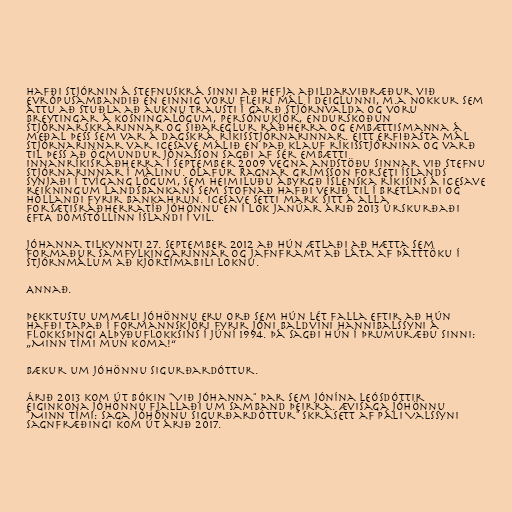
hafði stjórnin á stefnuskrá sinni að hefja aðildarviðræður við
Evrópusambandið en einnig voru fleiri mál í deiglunni, m.a nokkur sem
áttu að stuðla að auknu trausti í garð stjórnvalda og voru
breytingar á kosningalögum, persónukjör, endurskoðun
stjórnarskrárinnar og siðareglur ráðherra og embættismanna á
meðal þess sem var á dagskrá ríkisstjórnarinnar. Eitt erfiðasta mál
stjórnarinnar var Icesave málið en það klauf ríkisstjórnina og varð
til þess að Ögmundur Jónasson sagði af sér embætti
innanríkisráðherra í september 2009 vegna andstöðu sinnar við stefnu
stjórnarinnar í málinu. Ólafur Ragnar Grímsson forseti Íslands
synjaði í tvígang lögum, sem heimiluðu ábyrgð íslenska ríkisins á Icesave
reikningum Landsbankans sem stofnað hafði verið til í Bretlandi og
Hollandi fyrir bankahrun. Icesave setti mark sitt á alla
forsætisráðherratíð Jóhönnu en í lok janúar árið 2013 úrskurðaði
EFTA dómstóllinn Íslandi í vil.

Jóhanna tilkynnti 27. september 2012 að hún ætlaði að hætta sem
formaður Samfylkingarinnar og jafnframt að láta af þátttöku í
stjórnmálum að kjörtímabili loknu.

Annað.

Þekktustu ummæli Jóhönnu eru orð sem hún lét falla eftir að hún
hafði tapað í formannskjöri fyrir Jóni Baldvini Hannibalssyni á
flokksþingi Alþýðuflokksins í júní 1994. Þá sagði hún í þrumuræðu sinni:
„Minn tími mun koma!“

Bækur um Jóhönnu Sigurðardóttur.

Árið 2013 kom út bókin "Við Jóhanna" þar sem Jónína Leósdóttir
eiginkona Jóhönnu fjallaði um samband þeirra. Ævisaga Jóhönnu
"Minn tími: saga Jóhönnu Sigurðardóttur" skrásett af Páli Valssyni
sagnfræðingi kom út árið 2017.